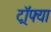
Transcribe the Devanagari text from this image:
ट्रॉफ्या